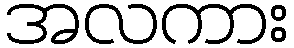
အလကား